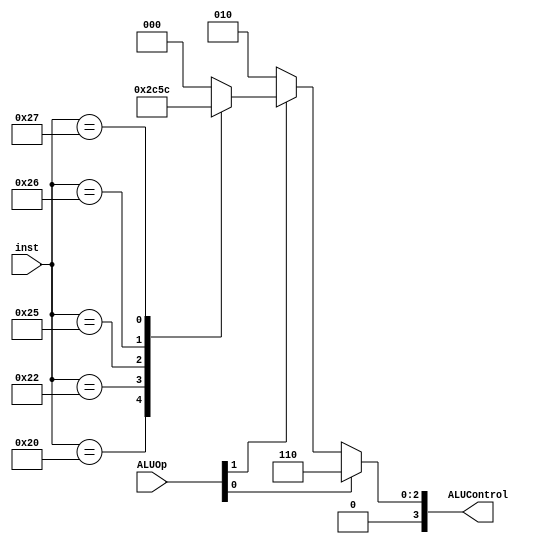
/* Mdulo de control de ALU para MIPS multiciclo
* Operaciones soportadas: add, sub, and, or, xor, nor
* Autor: Agustn Campeny */
module aluControl(inst, ALUOp, ALUControl);
input [5:0] inst; // funct
input [1:0] ALUOp;
output reg [3:0] ALUControl;

// R-type instructions
parameter ADD = 6'd32,
          SUB = 6'd34,
          AND = 6'd36,
          OR  = 6'd37,
          XOR = 6'd38,
          NOR = 6'd39;

// aluControl codes
parameter ALU_ADD = 4'd2,
          ALU_SUB = 4'd6,
          ALU_AND = 4'd0,
          ALU_OR  = 4'd1,
          ALU_XOR = 4'd3,
          ALU_NOR = 4'd4;

always @ (*) begin
  ALUControl = 4'd0;
  if (ALUOp[0] == 1'b1) ALUControl = ALU_SUB;
  else if (ALUOp[1] == 1'b1) begin
    case (inst)
      ADD : ALUControl = ALU_ADD;
      SUB : ALUControl = ALU_SUB;
      AND : ALUControl = ALU_AND;
      OR  : ALUControl = ALU_OR;
      XOR : ALUControl = ALU_XOR;
      NOR : ALUControl = ALU_NOR;
    endcase
  end
  else ALUControl = ALU_ADD;
end





endmodule